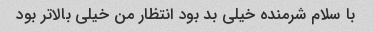
با سلام شرمنده خیلی بد بود انتظار من خیلی بالا‌تر بود